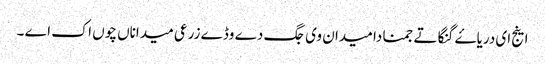
اینج ای دریاۓ گنگا تے جمنا دا میدان وی جگ دے وڈے زرعی میداناں چوں اک اے ۔